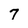
Character: 7